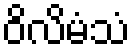
ဝိလိမံသံ